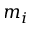
m _ { i }